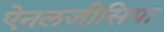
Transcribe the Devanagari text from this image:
ऐनलजीसिया